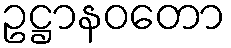
ဥဋ္ဌာနဝတော